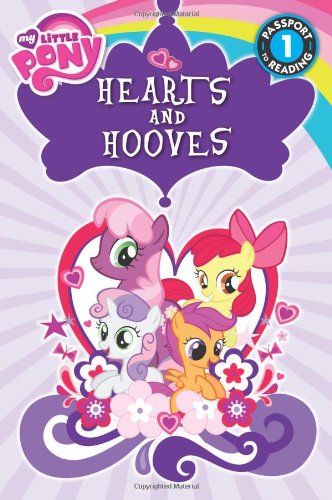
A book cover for My Little Pony: Hearts and Hooves (Passport to Reading Level 1); Jennifer Fox; Children's Books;